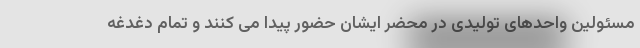
مسئولین واحدهای تولیدی در محضر ایشان حضور پیدا می کنند و تمام دغدغه